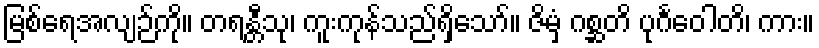
မြစ်ရေအလျဉ်ကို။ တရန္တီသု၊ ကူးကုန်သည်ရှိသော်။ ဇိမှံ ဂစ္ဆတိ ပုင်္ဂဝေါတိ၊ ကား။